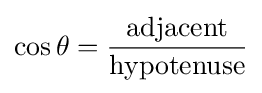
\cos \theta ={\frac {\mathrm {adjacent} }{\mathrm {hypotenuse} }}